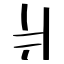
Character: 爿